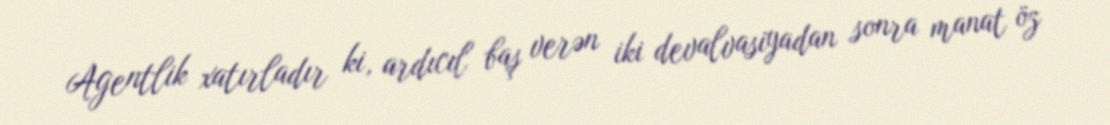
Agentlik xatırladır ki, ardıcıl baş verən iki devalvasiyadan sonra manat öz